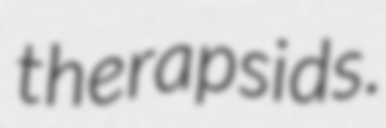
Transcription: therapsids.